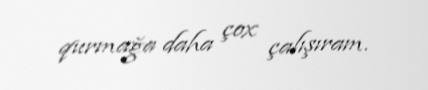
qurmağa daha çox çalışıram.